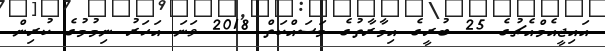
އައިޖީއެމްއެޗުގެ 25 ބުރީގެ އިމާރާތުގެ މަސައްކަތް 2018 ވަނަ އަހަރު ނިމުމުގެ ކުރިން